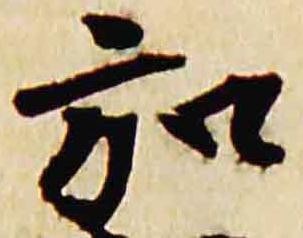
弘